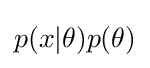
p(x|\theta )p(\theta )